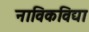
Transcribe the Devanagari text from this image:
नाविकविद्या